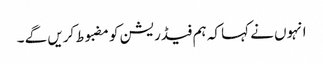
انہوں نے کہا کہ ہم فیڈریشن کو مضبوط کریں گے ۔